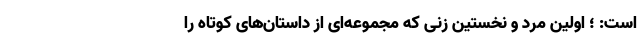
است: ؛ اولین مرد و نخستین زنی که مجموعه‌ای از داستان‌های کوتاه را